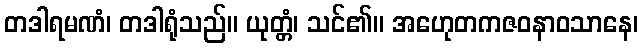
တဒါရမဏံ၊ တဒါရုံသည်။ ယုတ္တံ၊ သင်၏။ အဟေုတကဇဝနာဝသာနေ၊